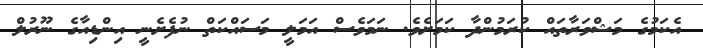
އެކަމުގެ މަޝްވަރާތައް ކުރަމުންދާ ކަމަށެވެ. ނަމަވެސް އަމަލީ މަސައްކަތް ނުފެށެނީ އިންޑިއާގެ ނޫރުލް